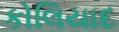
કોલિયાદ